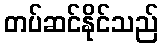
တပ်ဆင်နိုင်သည်